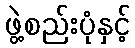
ဖွဲ့စည်းပုံနှင့်